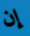
إن